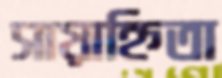
সায়াহ্নিতা